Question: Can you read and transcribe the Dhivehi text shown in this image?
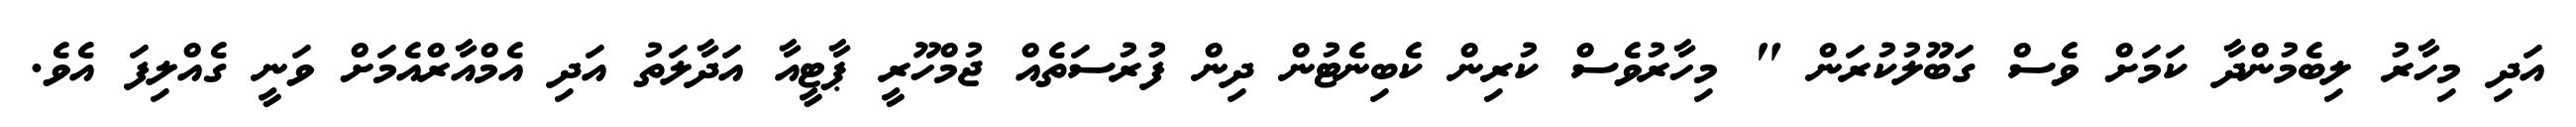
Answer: އަދި މިހާރު ލިބެމުންދާ ކަމަށް ވެސް ގަބޫލުކުރަން " މިހާރުވެސް ކުރިން ކެބިނެޓުން ދިން ފުުރުސަތެއް ޖުމްހޫރީ ޕާޓީއާ އަދާލަތު އަދި އެމްއާރްއެމަށް ވަނީ ގެއްލިފަ އެވެ.